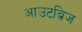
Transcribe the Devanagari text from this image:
आउटब्रिज